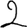
Digit: 2